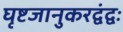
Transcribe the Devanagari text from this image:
घृष्टजानुकरद्वंद्वः